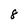
Character: 8